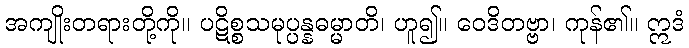
အကျိုးတရားတို့ကို။ ပဋိစ္စသမုပ္ပန္နဓမ္မာတိ၊ ဟူ၍။ ဝေဒိတဗ္ဗာ၊ ကုန်၏။ ဣဒံ